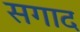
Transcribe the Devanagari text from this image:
सगाद